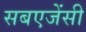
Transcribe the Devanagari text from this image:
सबएजेंसी